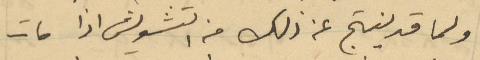
ولما قد ينتج عن ذلك من التشويش اذا مات